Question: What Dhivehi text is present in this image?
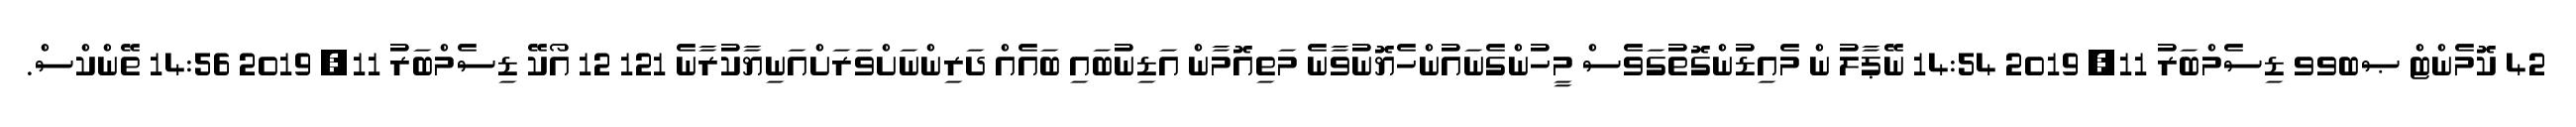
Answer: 42 ކޮމެންޓް ޞބވވ ޑިސެމްބަރު 11, 2019 14:54 ނޭޕާލު ން މެއިޑުންގޮތުގަވެސް މީހުންގެނައުންހެޔޮނުވާނެ މަތިއޮމާން އަޑިނުބައި ބައެއް ދަރިންނަށްވަރަށްއަނިޔާކުރާނެ 121 12 އޯކޭ ޑިސެމްބަރު 11, 2019 14:56 ތޭންކްސް.